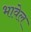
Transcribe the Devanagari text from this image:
भावेल